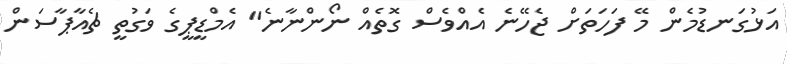
އަޅުގަނޑުމެން މޭ ފަހަތަށް ޖެހޭނެ އެއްވެސް ގޮތެއް ނޯންނާނެ" އެމްޑީޕީގެ ވަގުތީ ޗެއާޕާސަން